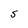
Character: S